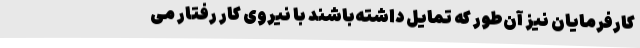
کارفرمایان نیز آن‌طور که تمایل داشته‌باشند با نیرویِ کار رفتار می